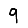
Digit: 9